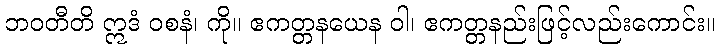
ဘဝတီတိ ဣဒံ ဝစနံ၊ ကို။ ဧကတ္တနယေန ဝါ၊ ဧကတ္တနည်းဖြင့်လည်းကောင်း။